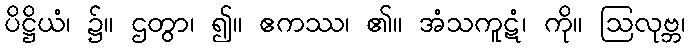
ပိဋ္ဌိယံ၊ ၌။ ဌတွာ၊ ၍။ ဧကဿ၊ ၏။ အံသကူဋံ၊ ကို။ ဩလုဗ္ဘ၊